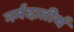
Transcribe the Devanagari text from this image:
नर्मदातीर्थ